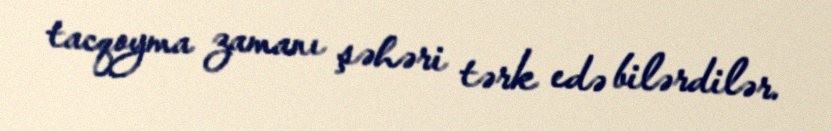
tacqoyma zamanı şəhəri tərk edə bilərdilər.